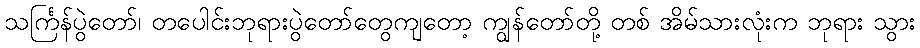
သင်္ကြန်ပွဲတော်၊ တပေါင်းဘုရားပွဲတော်တွေကျတော့ ကျွန်တော်တို့ တစ် အိမ်သားလုံးက ဘုရား သွား